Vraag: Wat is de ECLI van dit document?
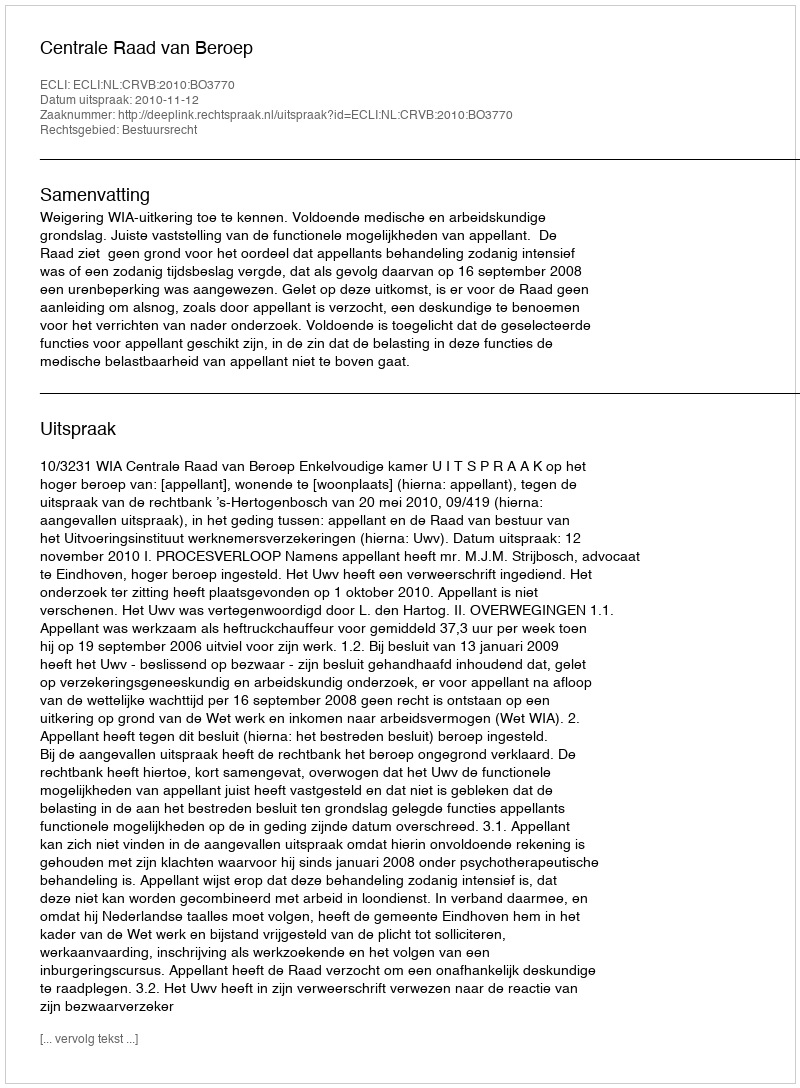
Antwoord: ECLI:NL:CRVB:2010:BO3770